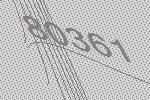
80361